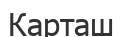
Карташ